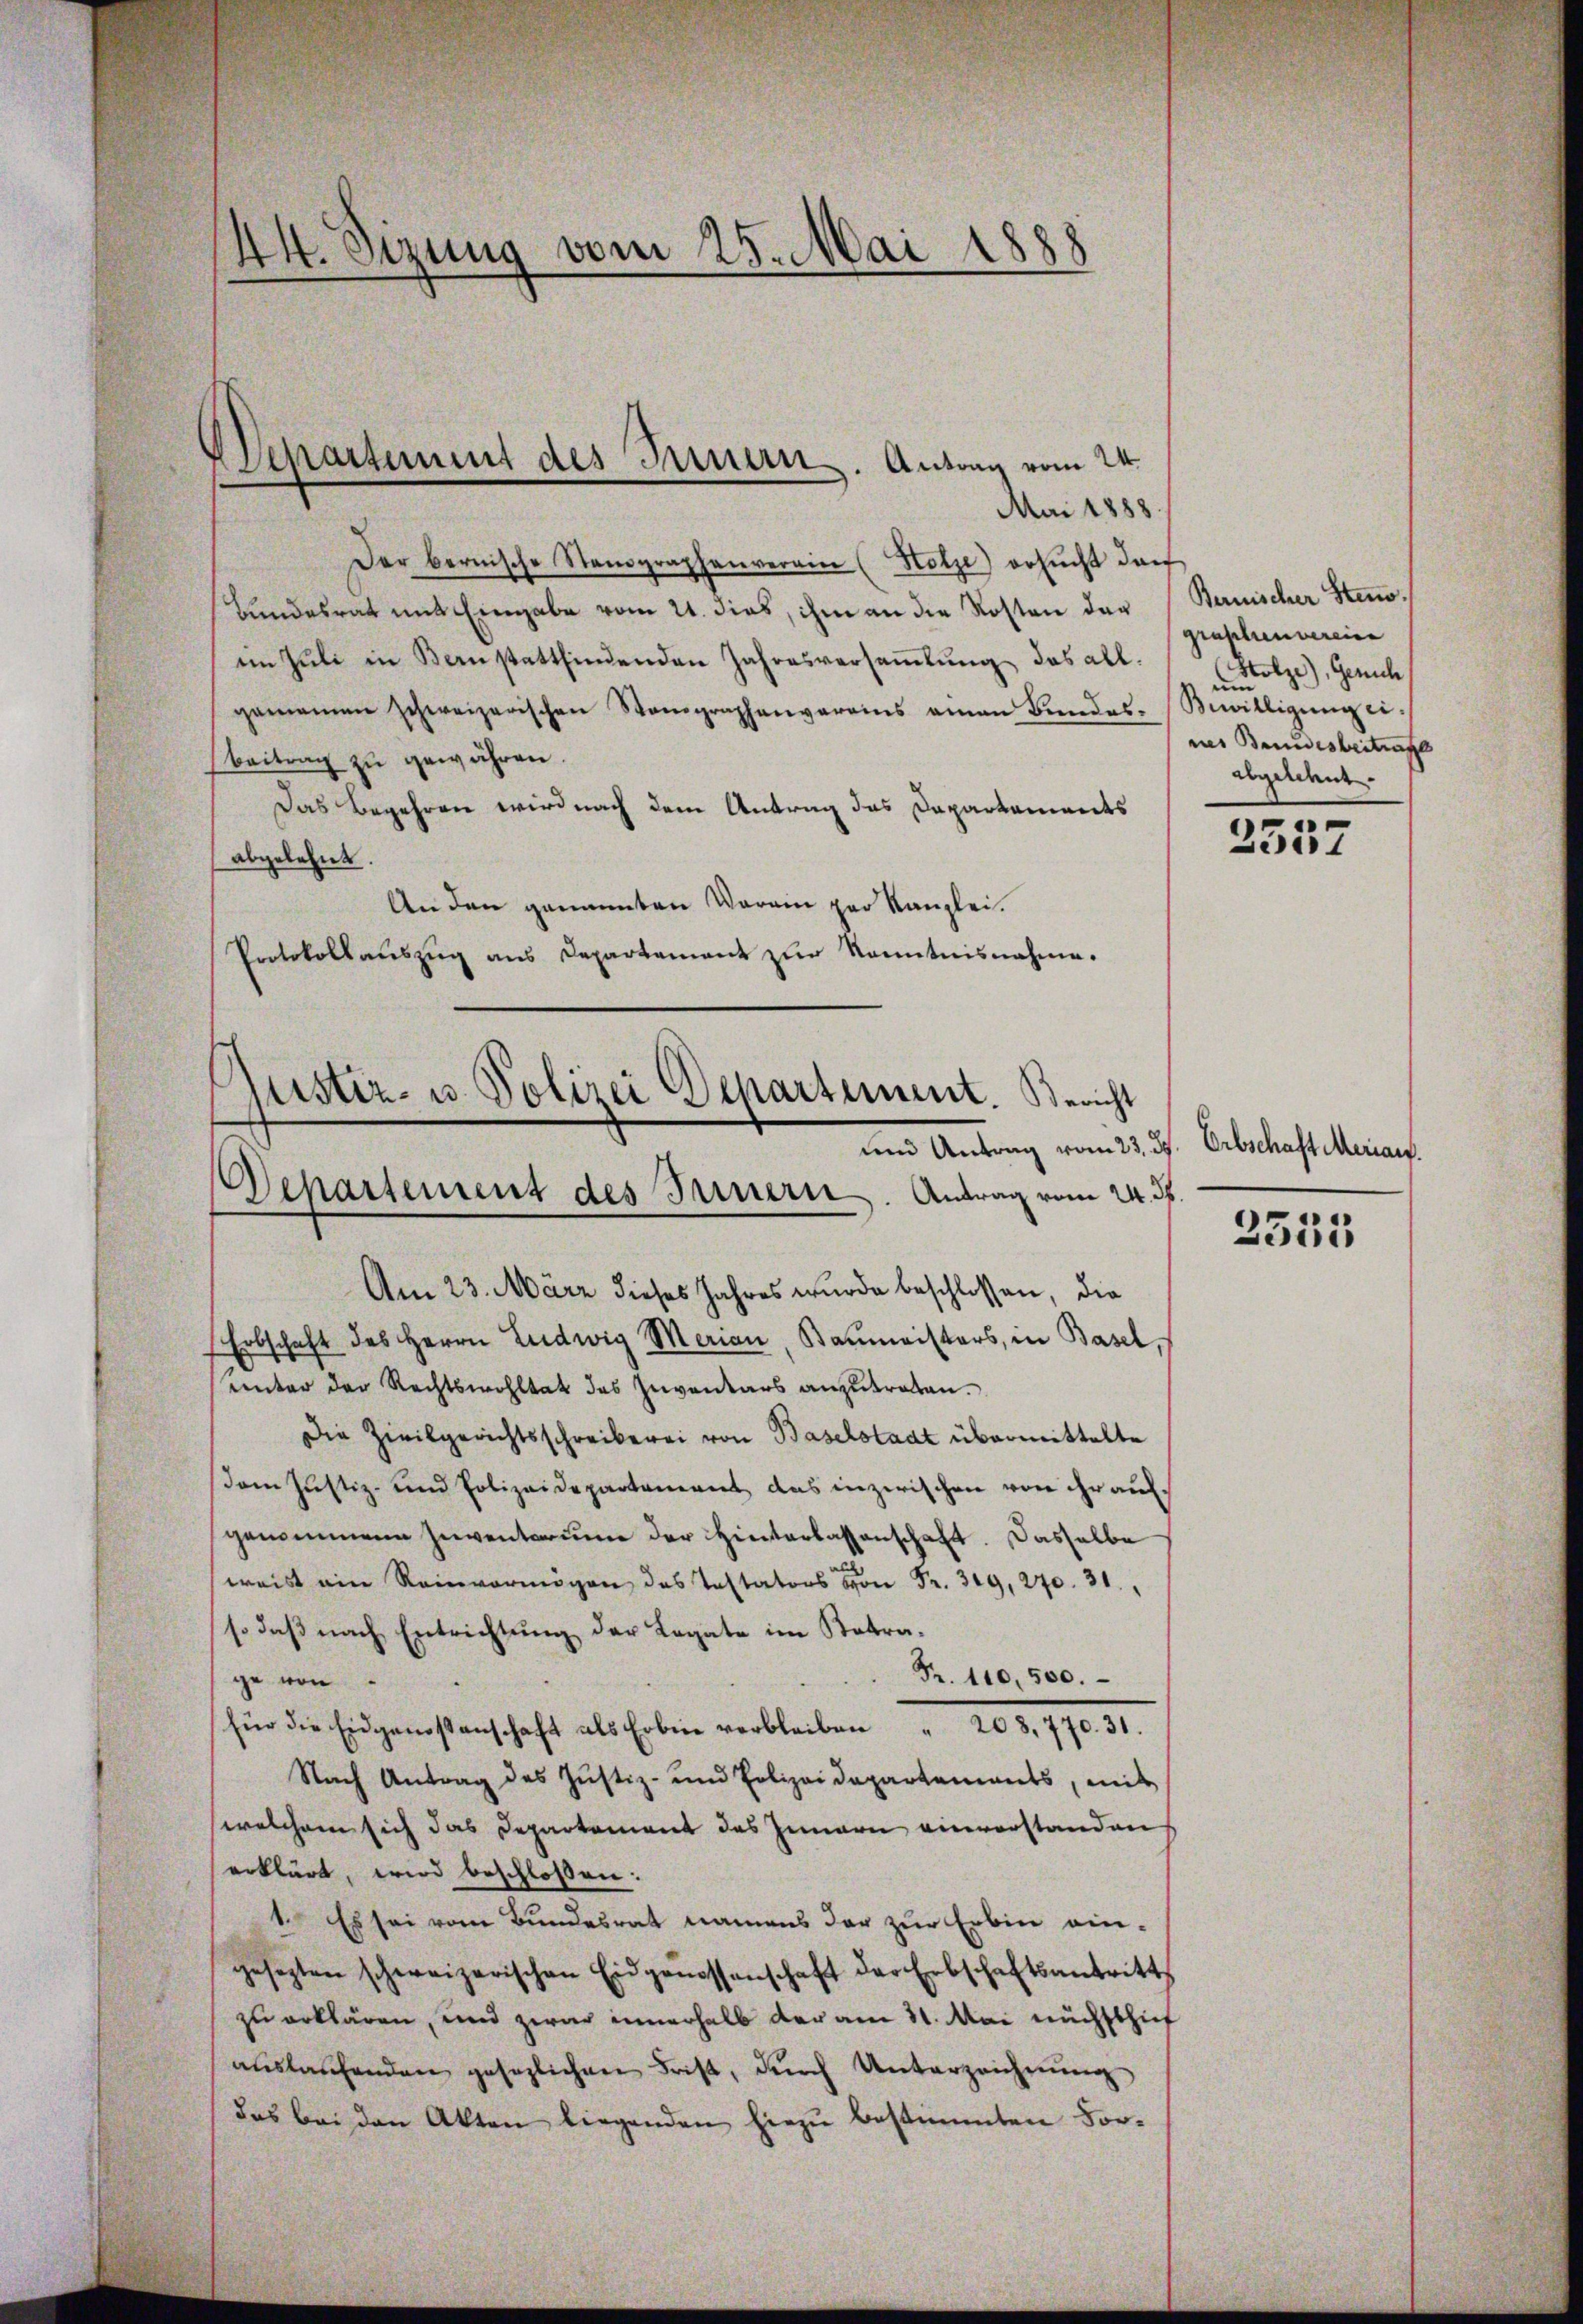
Mai 1888.
Der bernische Stenographenverain (Holtze) ersŭcht dar
Bundesrat mit Eingabe vom 21. dies, ihm an die Kosten der (Bauischer Stenoim Juli in Bernstattfindenden Jahresversaṁlŭng das allgemeinen schweizerischen Stenographenverains aman Bŭndes Bewilligŭng ei¬
Beitrag zŭ gewähren.
Das Begehren wird nach dem Antrag das Departements
abgelehnt.
An den genannten Varain par Kanzlei.
Protokollauszug aus Departament zur Kenntnisnahme.
ustiz- u. Polizei Departement. Bericht

Separtement des Innern. Antrag vom 24.

44. Sizung vom 25. Mai 1888

und Antrag vom 23. ds. Erbschaft Merian.
Am 23. März dieses Jahres wurde beschlossen, die
Erbschaft des Herrn Ludwig Marian, Baŭmeisters, in Basel,
unter der Rechtswohltat des Inventars anzutreten.
Die Zivilgerichtsschreiberei von Baselstaat übermittelte
Dem Justiz- und Polizeidepartement das inzwischen von ihr aufgenommene Inventarum der Hinterlassenschaft. Dasselbe
weist ein Reinvermögen des Testatos Fr. 319, 270. 31.
so daβ nach Entrichtŭng der Legate im Katra-
Fr. 110,500.
ge von
für die Eidgenossenschaft als Erben verbleiben " 208,770. 31.
Nach Antrag des Justiz- und Polizeidepartements, mit
welchem sich das Departement des Innern einverstanden
erklärt, wird beschlossen:
1. Es sei vom Bundesrat namens der zur Erbin ein-
gesezten schweizerischen Eidgenossenschaft der Erbschaftsantritt
zu erklären, und zwar innerhalb der am 11. Mai nichsthief
aŭslaufenden gesezlichen Frist, dŭrch Unterzeichnŭng
das bei den Akten liegenden hiezŭ bestimmten For-

Departement des Innern. Antrag vom 24. ds.

graphenvereine
Holze), Gerich
nes Bundesbeitrage
abgelehnt.

n

2357

2353